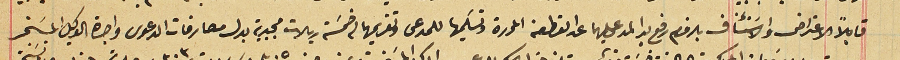
قابلاً الاعتراض والاسَتئناف بلزوم رفع يد المدعى عليهما عن القطعة المحررة وتسَليمها للمدعى وتقديمهما له خمسَة ريالات مجيدية بدل مصارفات الدعوى واجرة الوكيل المسَخر